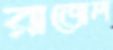
রাজেল